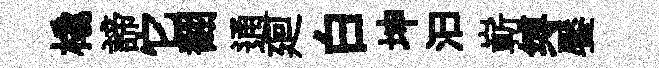
橇諦它翻通廻白坤汩嶄缚饜